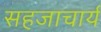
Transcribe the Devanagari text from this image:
सहजाचार्य